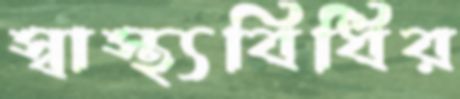
স্বাস্থ্যবিধির